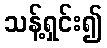
သန့်ရှင်း၍